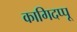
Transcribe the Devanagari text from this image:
कागिदप्पू